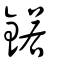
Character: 鍩